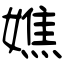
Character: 嫶